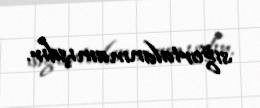
sığortalanmamışdır.